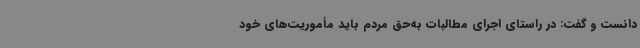
دانست و گفت: در راستای اجرای مطالبات به‌حق مردم باید مأموریت‌های خود